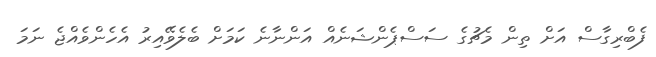
ފެބްރިގާސް އަށް ތިން މެޗުގެ ސަސްޕެންޝަނެއް އަންނާނެ ކަމަށް ބެލެވޭއިރު އެެހެންވެއްޖެ ނަމަ